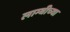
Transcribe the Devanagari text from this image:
लाम्बीच्या